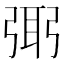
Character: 㢽